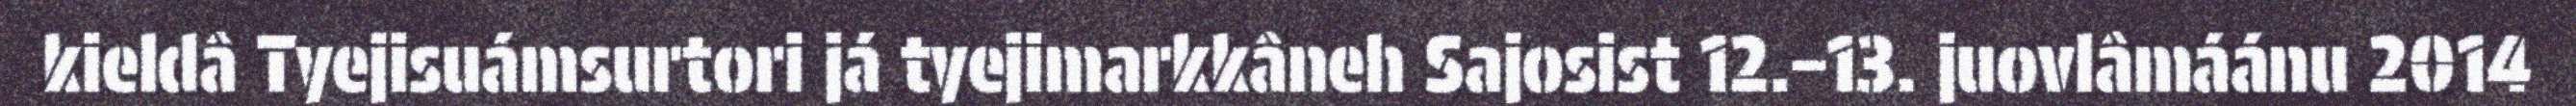
kieldâ Tyejisuámsurtori já tyejimarkkâneh Sajosist 12.–13. juovlâmáánu 2014